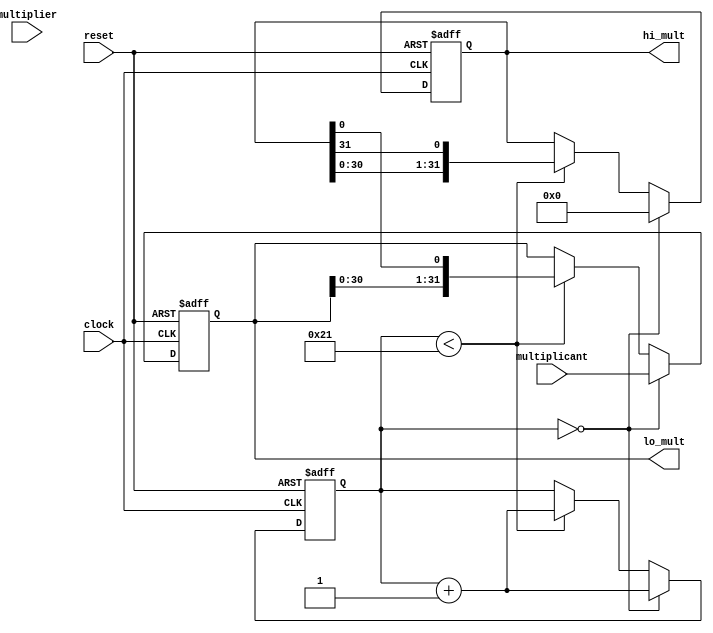
module mult (
    input wire clock,
    input wire reset,
    input wire signed [31:0] multiplicant,
    input wire signed [31:0] multiplier,
    output reg signed [31:0] hi_mult,
    output reg signed [31:0] lo_mult
);

reg signed [31:0] A, Q, M;
reg [1:0] Q_1;
reg [5:0] count;
reg [1:0] booth_sel;
reg signed [31:0] shift_value; 

always @(posedge clock or posedge reset) begin
    if (reset) begin
        A <= 32'b0;
        Q <= 32'b0;
        M <= 32'b0;
        Q_1 <= 2'b0;
        count <= 6'b0;
    end
    else begin
        if (count == 0) begin
            A <= 32'b0;
            M <= multiplier;
            Q <= multiplicant;
            count <= count + 1;
        end
        else if (count < 33) begin
            booth_sel[1] = Q[0] ^ Q_1[1];
            booth_sel[0] = Q[0] ^ Q_1[0];
   
            shift_value = {M, 1'b0};

            if (booth_sel == 2'b01) begin
                A <= A - shift_value;
            end
            else if (booth_sel == 2'b10) begin
                A <= A + shift_value;
            end

            Q_1 <= Q[1:0];
            Q <= {Q[30:0], A[0]};
            A <= {A[30:0], A[31]};
            count <= count + 1;

        end        
    end
end

assign hi_mult = A;
assign lo_mult = Q;

endmodule